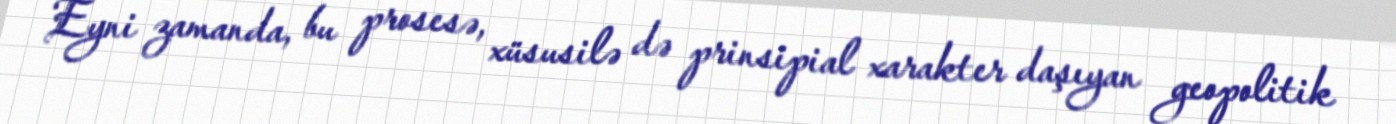
Eyni zamanda, bu prosesə, xüsusilə də prinsipial xarakter daşıyan geopolitik